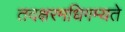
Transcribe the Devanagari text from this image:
तदक्षरमधिगम्यते